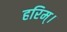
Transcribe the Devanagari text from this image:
हरिम्।